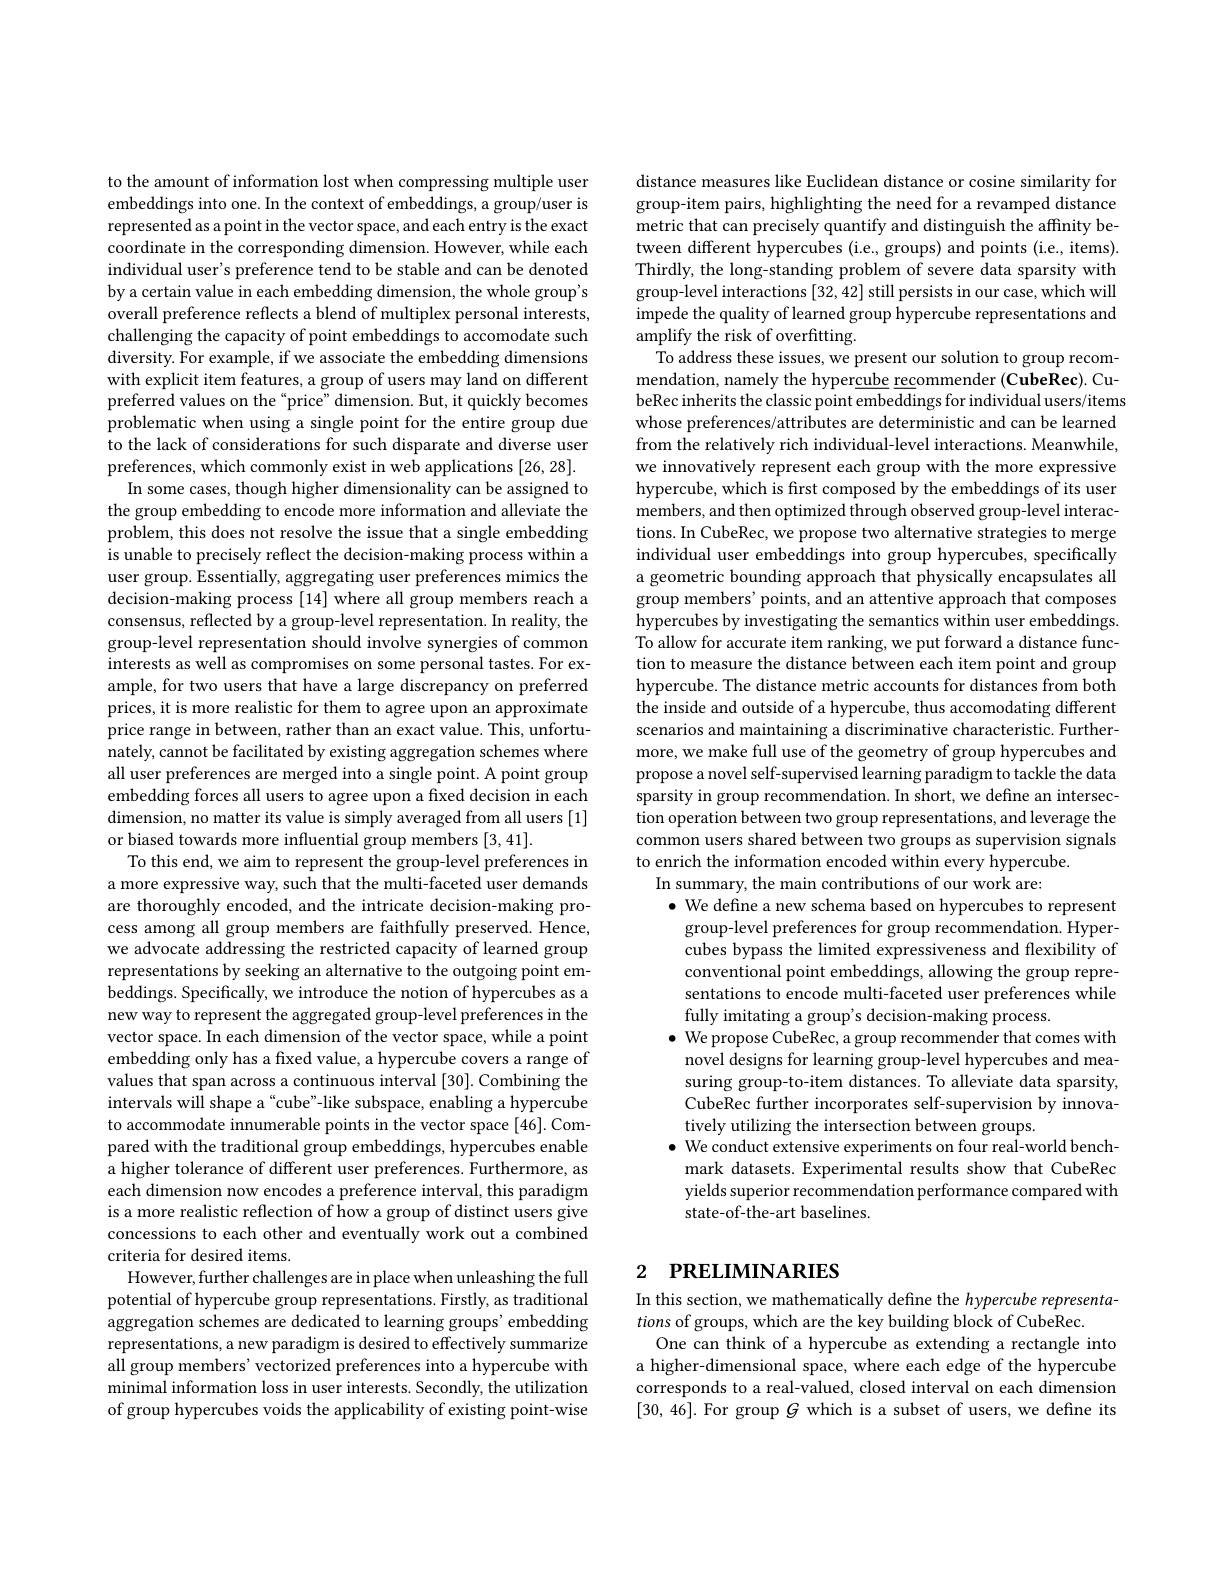
to the amount of information lost when compressing multiple user embeddings into one. In the context of embeddings, a group/user is represented as a point in the vector space, and each entry is the exact coordinate in the corresponding dimension. However, while each individual user's preference tend to be stable and can be denoted by a certain value in each embedding dimension, the whole group's overall preference reflects a blend of multiplex personal interests, challenging the capacity of point embeddings to accomodate such diversity. For example, if we associate the embedding dimensions with explicit item features, a group of users may land on different preferred values on the “price” dimension. But, it quickly becomes problematic when using a single point for the entire group due to the lack of considerations for such disparate and diverse user preferences, which commonly exist in web applications [26,28].
In some cases, though higher dimensionality can be assigned to the group embedding to encode more information and alleviate the problem, this does not resolve the issue that a single embedding is unable to precisely reflect the decision-making process within a user group. Essentially, aggregating user preferences mimics the decision-making process [14] where all group members reach a consensus, reflected by a group-level representation. In reality, the group-level representation should involve synergies of common interests as well as compromises on some personal tastes. For example, for two users that have a large discrepancy on preferred prices, it is more realistic for them to agree upon an approximate price range in between, rather than an exact value. This, unfortunately, cannot be facilitated by existing aggregation schemes where all user preferences are merged into a single point. A point group embedding forces all users to agree upon a fixed decision in each dimension, no matter its value is simply averaged from all users [1] or biased towards more influential group members [3,41].
To this end, we aim to represent the group-level preferences in a more expressive way, such that the multi-faceted user demands are thoroughly encoded, and the intricate decision-making process among all group members are faithfully preserved. Hence, we advocate addressing the restricted capacity of learned group representations by seeking an alternative to the outgoing point embeddings. Specifically, we introduce the notion of hypercubes as a new way to represent the aggregated group-level preferences in the vector space. In each dimension of the vector space, while a point embedding only has a fixed value, a hypercube covers a range of values that span across a continuous interval [30]. Combining the intervals will shape a “cube”-like subspace, enabling a hypercube to accommodate innumerable points in the vector space[46]. Compared with the traditional group embeddings, hypercubes enable a higher tolerance of different user preferences. Furthermore, as each dimension now encodes a preference interval, this paradigm is a more realistic reflection of how a group of distinct users give concessions to each other and eventually work out a combined criteria for desired items.
However, further challenges are in place when unleashing the full potential of hypercube group representations. Firstly, as traditional aggregation schemes are dedicated to learning groups' embedding representations, a new paradigm is desired to effectively summarize all group members' vectorized preferences into a hypercube with minimal information loss in user interests. Secondly, the utilization of group hypercubes voids the applicability of existing point-wise

distance measures like Euclidean distance or cosine similarity for group-item pairs, highlighting the need for a revamped distance metric that can precisely quantify and distinguish the affinity between different hypercubes (i.e., groups) and points (i.e., items). Thirdly, the long-standing problem of severe data sparsity with group-level interactions [32,42] still persists in our case, which will impede the quality of learned group hypercube representations and $\dot{\text{amplify the risk of overfitting.}}$
To address these issues, we present our solution to group recommendation, namely the hypercube recommender (CubeRec). CubeRec inherits the classic point embeddings for individual users/items whose preferences/attributes are deterministic and can be learned from the relatively rich individual-level interactions. Meanwhile, we innovatively represent each group with the more expressive hypercube, which is first composed by the embeddings of its user members, and then optimized through observed group-level interactions. In CubeRec, we propose two alternative strategies to merge individual user embeddings into group hypercubes, specifically a geometric bounding approach that physically encapsulates all group members' points, and an attentive approach that composes hypercubes by investigating the semantics within user embeddings. To allow for accurate item ranking, we put forward a distance function to measure the distance between each item point and group hypercube. The distance metric accounts for distances from both the inside and outside of a hypercube, thus accomodating different scenarios and maintaining a discriminative characteristic. Furthermore, we make full use of the geometry of group hypercubes and propose a novel self-supervised learning paradigm to tackle the data sparsity in group recommendation. In short, we define an intersection operation between two group representations, and leverage the common users shared between two groups as supervision signals to enrich the information encoded within every hypercube.
In summary, the main contributions of our work are:
$\bullet$ We define a new schema based on hypercubes to represent group-level preferences for group recommendation. Hypercubes bypass the limited expressiveness and flexibility of conventional point embeddings, allowing the group representations to encode multi-faceted user preferences while fully imitating a group's decision-making process.
$\bullet$ We propose CubeRec, a group recommender that comes with novel designs for learning group-level hypercubes and measuring group-to-item distances. To alleviate data sparsity, CubeRec further incorporates self-supervision by innovatively utilizing the intersection between groups.
$\bullet$ We conduct extensive experiments on four real-world benchmark datasets. Experimental results show that CubeRec yields superior recommendation performance compared with state-of-the-art baselines.

## 2 PRELIMINARIES

In this section, we mathematically define the hypercube representa-
tions of groups, which are the key building block of CubeRec.
One can think of a hypercube as extending a rectangle into a higher-dimensional space, where each edge of the hypercube corresponds to a real-valued, closed interval on each dimension [30,46]. For group $G$ which is a subset of users, we define its